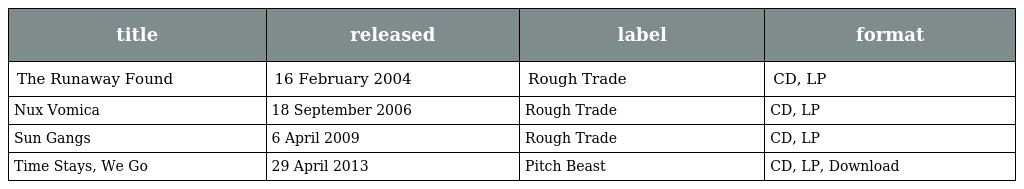
| title | released | label | format |
 | --- | --- | --- | --- |
 | The Runaway Found | 16 February 2004 | Rough Trade | CD, LP |
 | Nux Vomica | 18 September 2006 | Rough Trade | CD, LP |
 | Sun Gangs | 6 April 2009 | Rough Trade | CD, LP |
 | Time Stays, We Go | 29 April 2013 | Pitch Beast | CD, LP, Download |